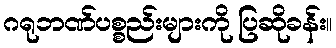
ဂရုဘဏ်ပစ္စည်းများကို ပြဆိုခန်း။